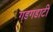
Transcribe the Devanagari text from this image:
गडगडाटी